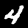
Digit: 4